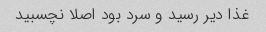
غذا دیر رسید و سرد بود اصلا نچسبید